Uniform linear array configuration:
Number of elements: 4
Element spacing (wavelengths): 0.75
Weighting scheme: kaiser
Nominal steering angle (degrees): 15
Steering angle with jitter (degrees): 16.209
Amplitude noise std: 0.05
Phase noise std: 0.05

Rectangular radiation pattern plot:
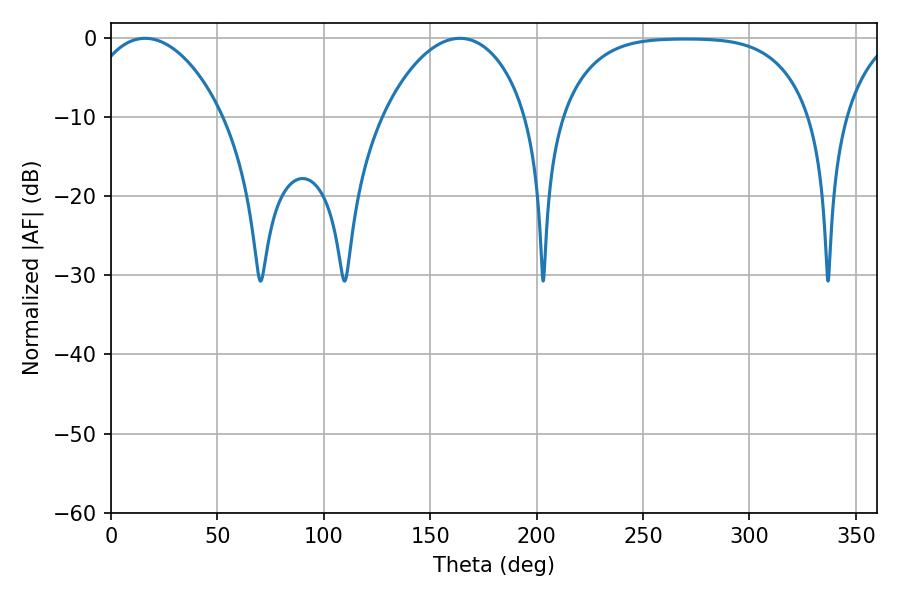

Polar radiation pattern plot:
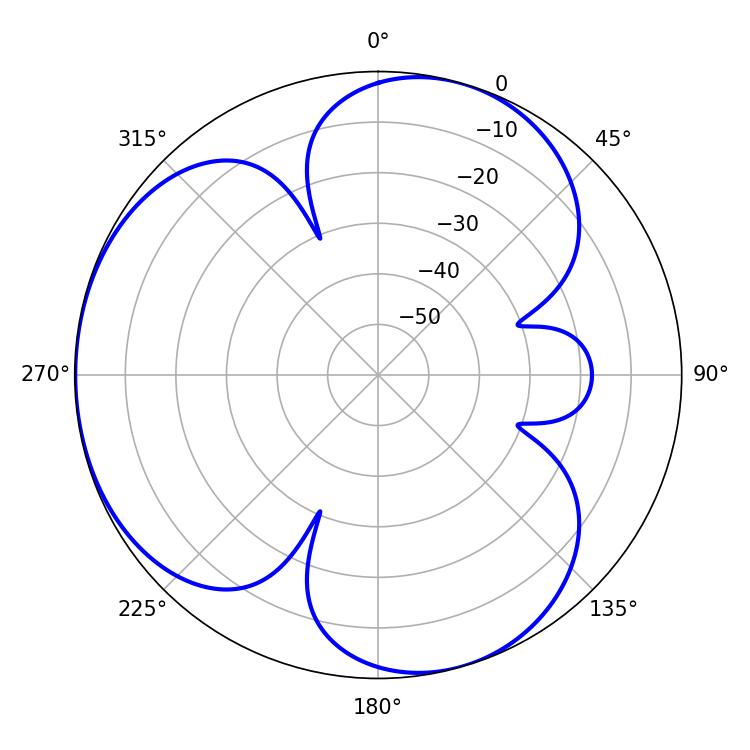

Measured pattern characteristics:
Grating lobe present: TRUE
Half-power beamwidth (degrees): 36.18
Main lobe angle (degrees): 16.02